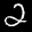
Label: 2